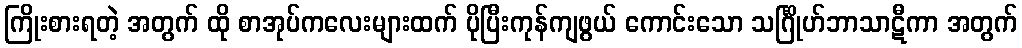
ကြိုးစားရတဲ့ အတွက် ထို စာအုပ်ကလေးများထက် ပိုပြီးကုန်ကျဖွယ် ကောင်းသော သင်္ဂြိုဟ်ဘာသာဋီကာ အတွက်